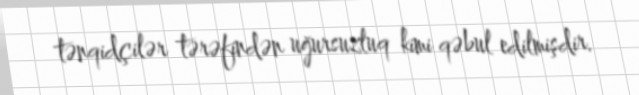
tənqidçilər tərəfindən uğursuzluq kimi qəbul edilmişdir.